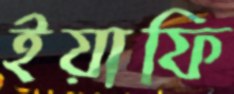
ইয়াফি